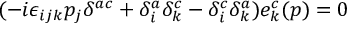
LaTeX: ( - i \epsilon _ { i j k } p _ { j } \delta ^ { a c } + \delta _ { i } ^ { a } \delta _ { k } ^ { c } - \delta _ { i } ^ { c } \delta _ { k } ^ { a } ) e _ { k } ^ { c } ( p ) = 0